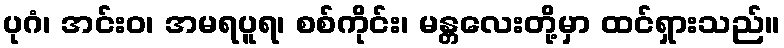
ပုဂံ၊ အင်းဝ၊ အမရပူရ၊ စစ်ကိုင်း၊ မန္တလေးတို့မှာ ထင်ရှားသည်။